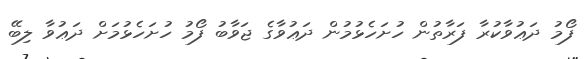
ފޯމު ދަޢުވާކުރާ ފަރާތުން ހުށަހެޅުމުން ދަޢުވާގެ ޖަވާބު ފޯމު ހުށަހެޅުމަށް ދަޢުވާ ލިބޭ